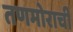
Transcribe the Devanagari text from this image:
तणमोराची